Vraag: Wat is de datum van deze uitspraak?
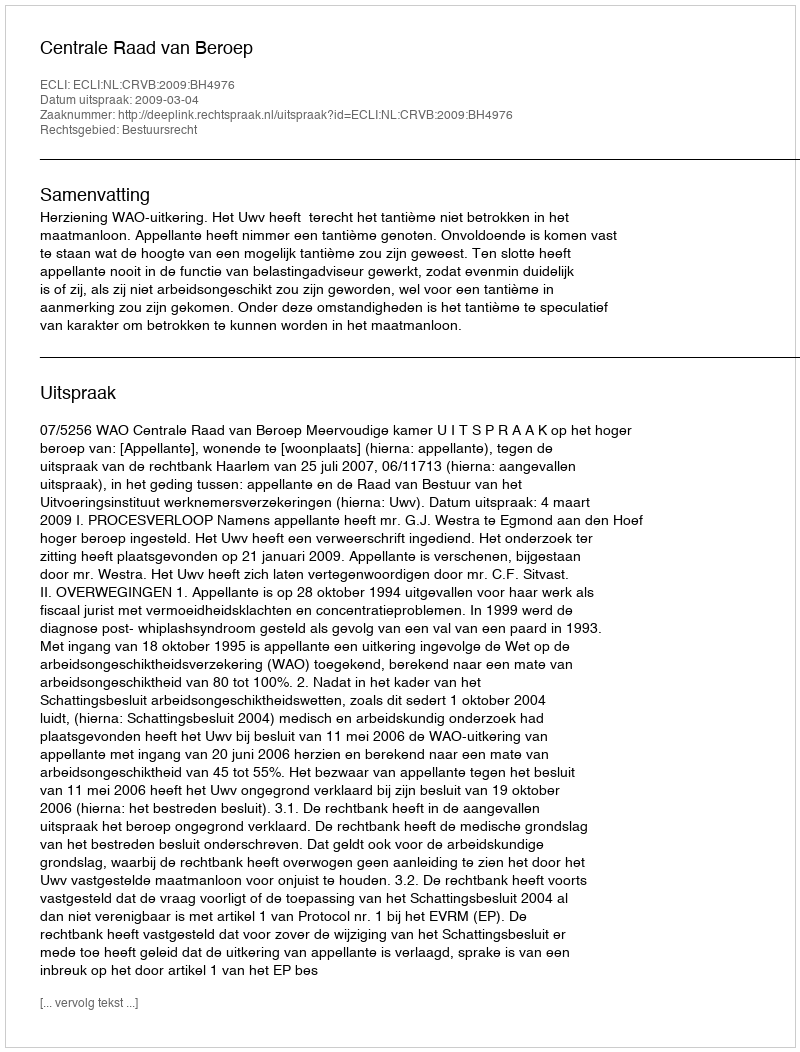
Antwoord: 2009-03-04